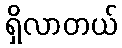
ရှိလာတယ်